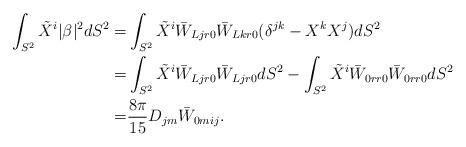
LaTeX: \begin{align*} \int_{S^2}\tilde X^i |\beta|^2 dS^2=& \int_{S^2}\tilde X^i \bar W_{Ljr0}\bar W_{Lkr0} (\delta^{jk}- X^kX^j) dS^2 \\=&\int_{S^2} \tilde X^i \bar W_{Ljr0} \bar W_{Ljr0} dS^2 - \int_{S^2} \tilde X^i \bar W_{0r r0} \bar W_{0rr0} dS^2 \\=& \frac{8 \pi}{15} D_{jm} \bar W_{0mij}.\end{align*}